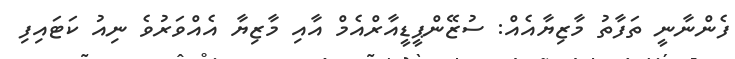
ފެންނާނީ ތަފާތު މާޒިޔާއެއް: ސުޒޭންޕީޑީއާރްއެމް އާއި މާޒިޔާ އެއްވަރުވެ ނިއު ކަޓައިފި